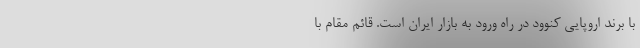
با برند اروپایی کنوود در راه ورود به بازار ایران است. قائم مقام با